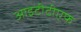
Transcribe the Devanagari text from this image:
आइटीटीएफ